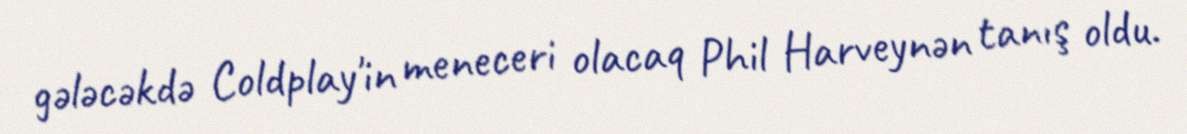
gələcəkdə Coldplay'in meneceri olacaq Phil Harveynən tanış oldu.